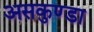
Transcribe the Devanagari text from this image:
असकुण्डा